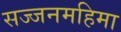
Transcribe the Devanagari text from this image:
सज्जनमहिमा